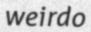
weirdo